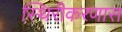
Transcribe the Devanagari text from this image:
स्थिरीकरणास